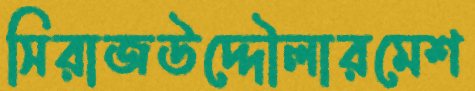
সিরাজউদ্দৌলারমেশ